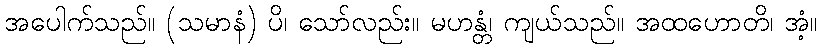
အပေါက်သည်။ (သမာနံ) ပိ၊ သော်လည်း။ မဟန္တံ၊ ကျယ်သည်။ အထဟောတိ၊ အံ့။